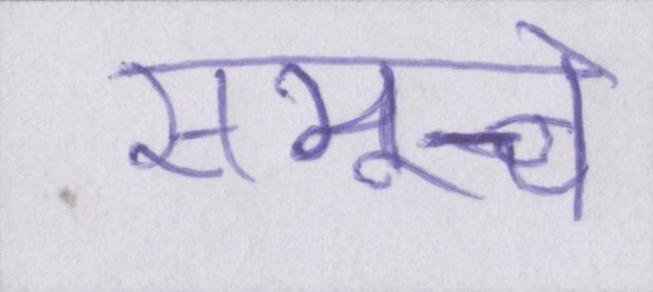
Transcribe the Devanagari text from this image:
समूचे